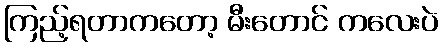
ကြည့်ရတာကတော့ မီးတောင် ကလေးပဲ